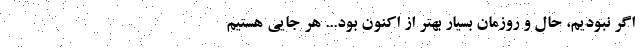
اگر نبودیم، حال و روزمان بسیار بهتر از اکنون بود... هر جایی هستیم